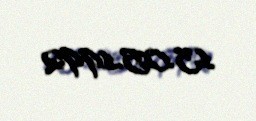
13.05.1992